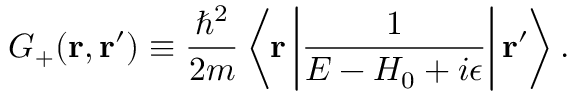
G _ { + } ( \mathbf { r } , \mathbf { r } ^ { \prime } ) \equiv \frac { \hbar ^ { 2 } } { 2 m } \left\langle \mathbf { r } \left| \frac { 1 } { E - H _ { 0 } + i \epsilon } \right| \mathbf { r } ^ { \prime } \right\rangle .